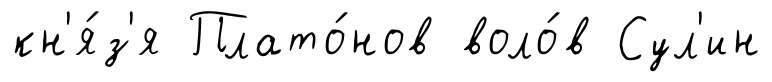
кн'я́з'я Плато́нов воло́в Сул'ин